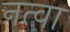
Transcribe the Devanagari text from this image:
नत्वा